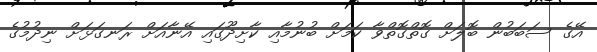
އޭގެ ސަބަބުން ބޮލަށް ގޮތްގޮތްވާ ކަމަށް ބުނުމާއި ކާށިދޫގައި އޭނާއަށް ރަނގަޅަށް ނިދުމުގެ